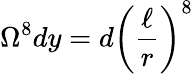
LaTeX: \Omega^{8}dy=d{\left(\frac{\ell}{r}\right)}^{8}